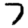
Digit: 7